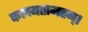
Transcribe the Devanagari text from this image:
कलयतामहम्।